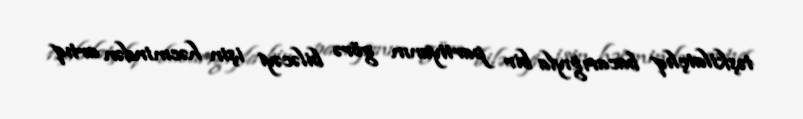
təşkilatçlıq bacarığıyla bir partiyanın görə biləcəyi işin həcmindən artıq